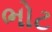
ભોટ